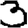
Digit: 3